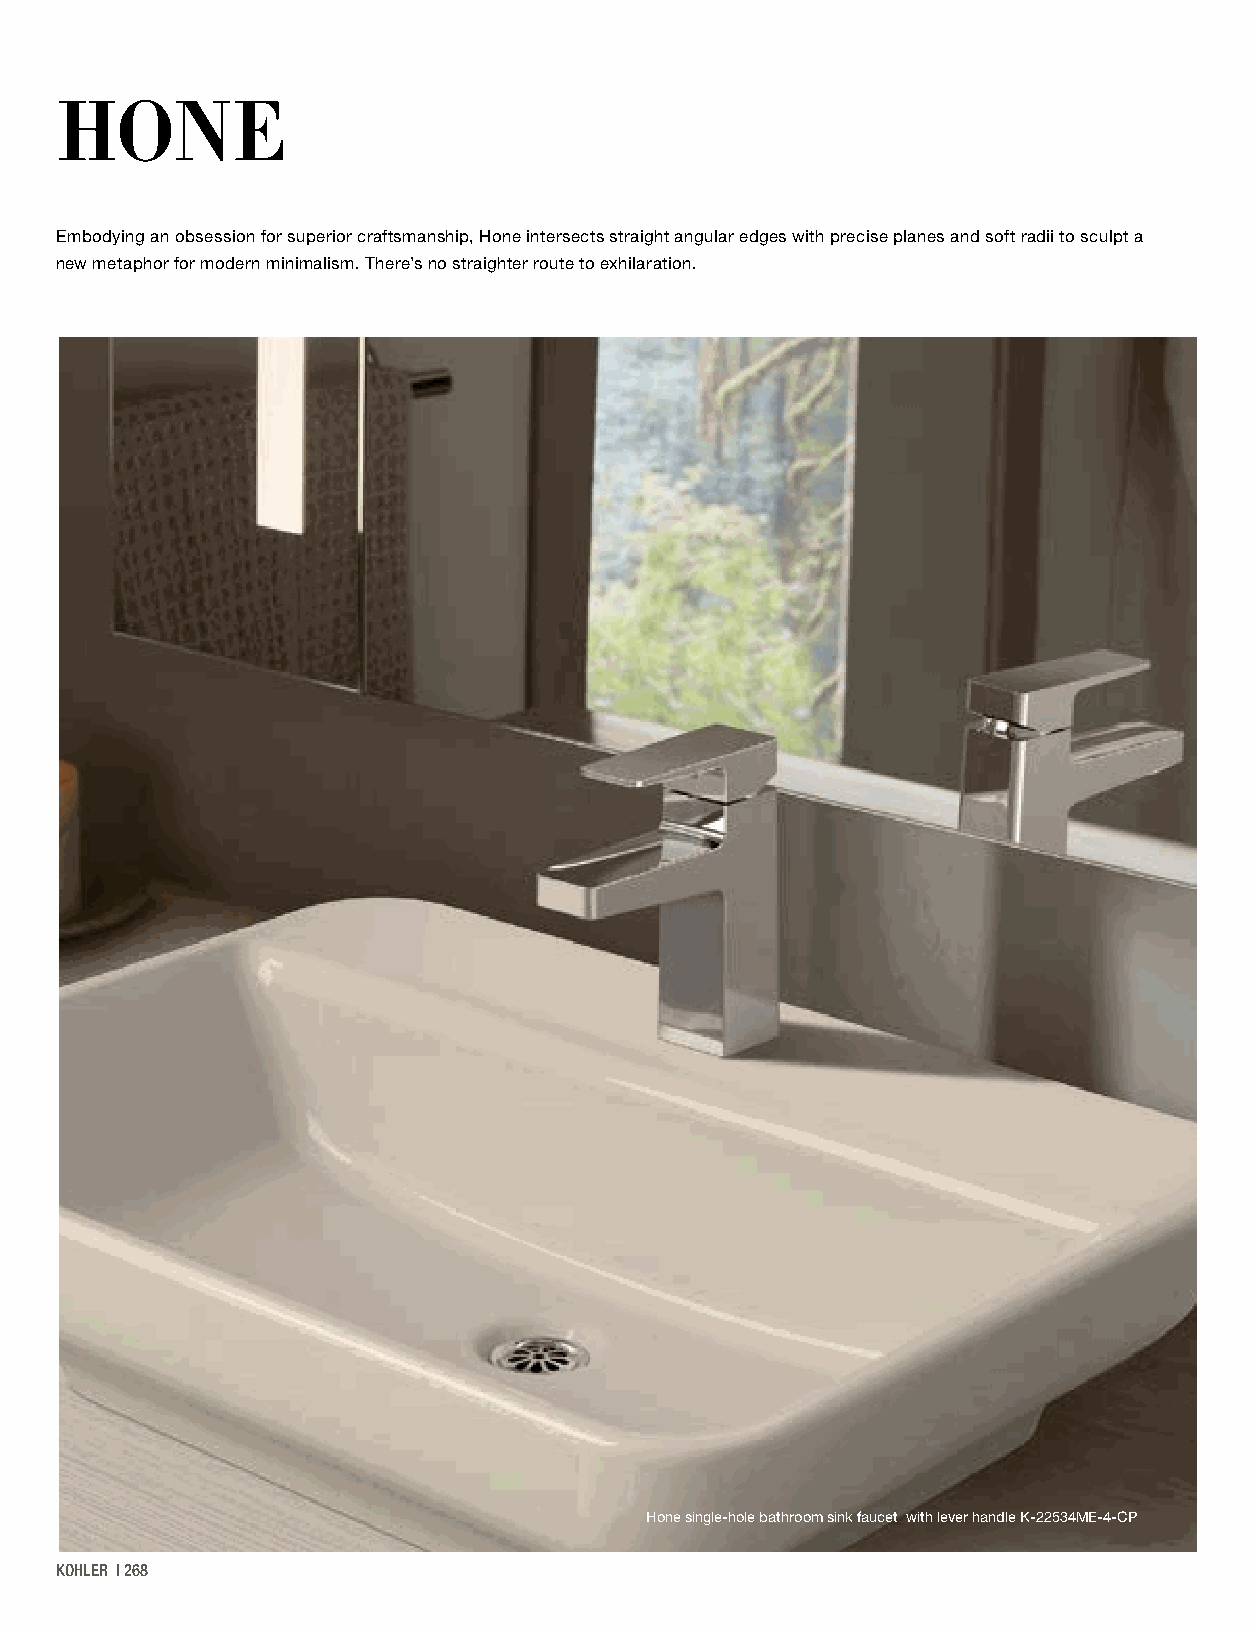
HONE
 Embodying an obsession for superior craftsmanship, Hone intersects straight angular edges with precise planes and soft radii to sculpt a
 new metaphor for modern minimalism. There’s no straighter route to exhilaration.
 Hone single-hole bathroom sink faucet with lever handle K-22534ME-4-CP
 KOHLER | 268